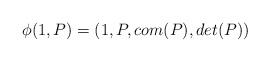
\begin{align*} \phi(1,P)=(1,P,com(P),det(P))\end{align*}